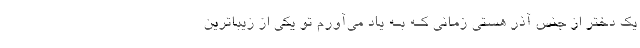
یک دختر از جنس آذر هستی زمانی کـه بـه یاد می‌آورم تو یکی از زیباترین